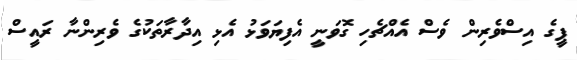
ޕީގެ އިސްވެރިން ވެސް އެއްޗެހި ގޮވަނީ އެފިޔަވަޅު އެޅި އިދާރާތަކުގެ ވެރިންނާ ރައީސް